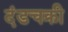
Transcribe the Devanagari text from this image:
दंडचक्री